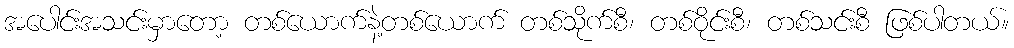
အပေါင်းအသင်းမှာတော့ တစ်ယောက်နဲ့တစ်ယောက် တစ်သိုက်စီ၊ တစ်ဝိုင်းစီ၊ တစ်သင်းစီ ဖြစ်ပါတယ်။